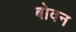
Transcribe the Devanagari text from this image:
बोवन